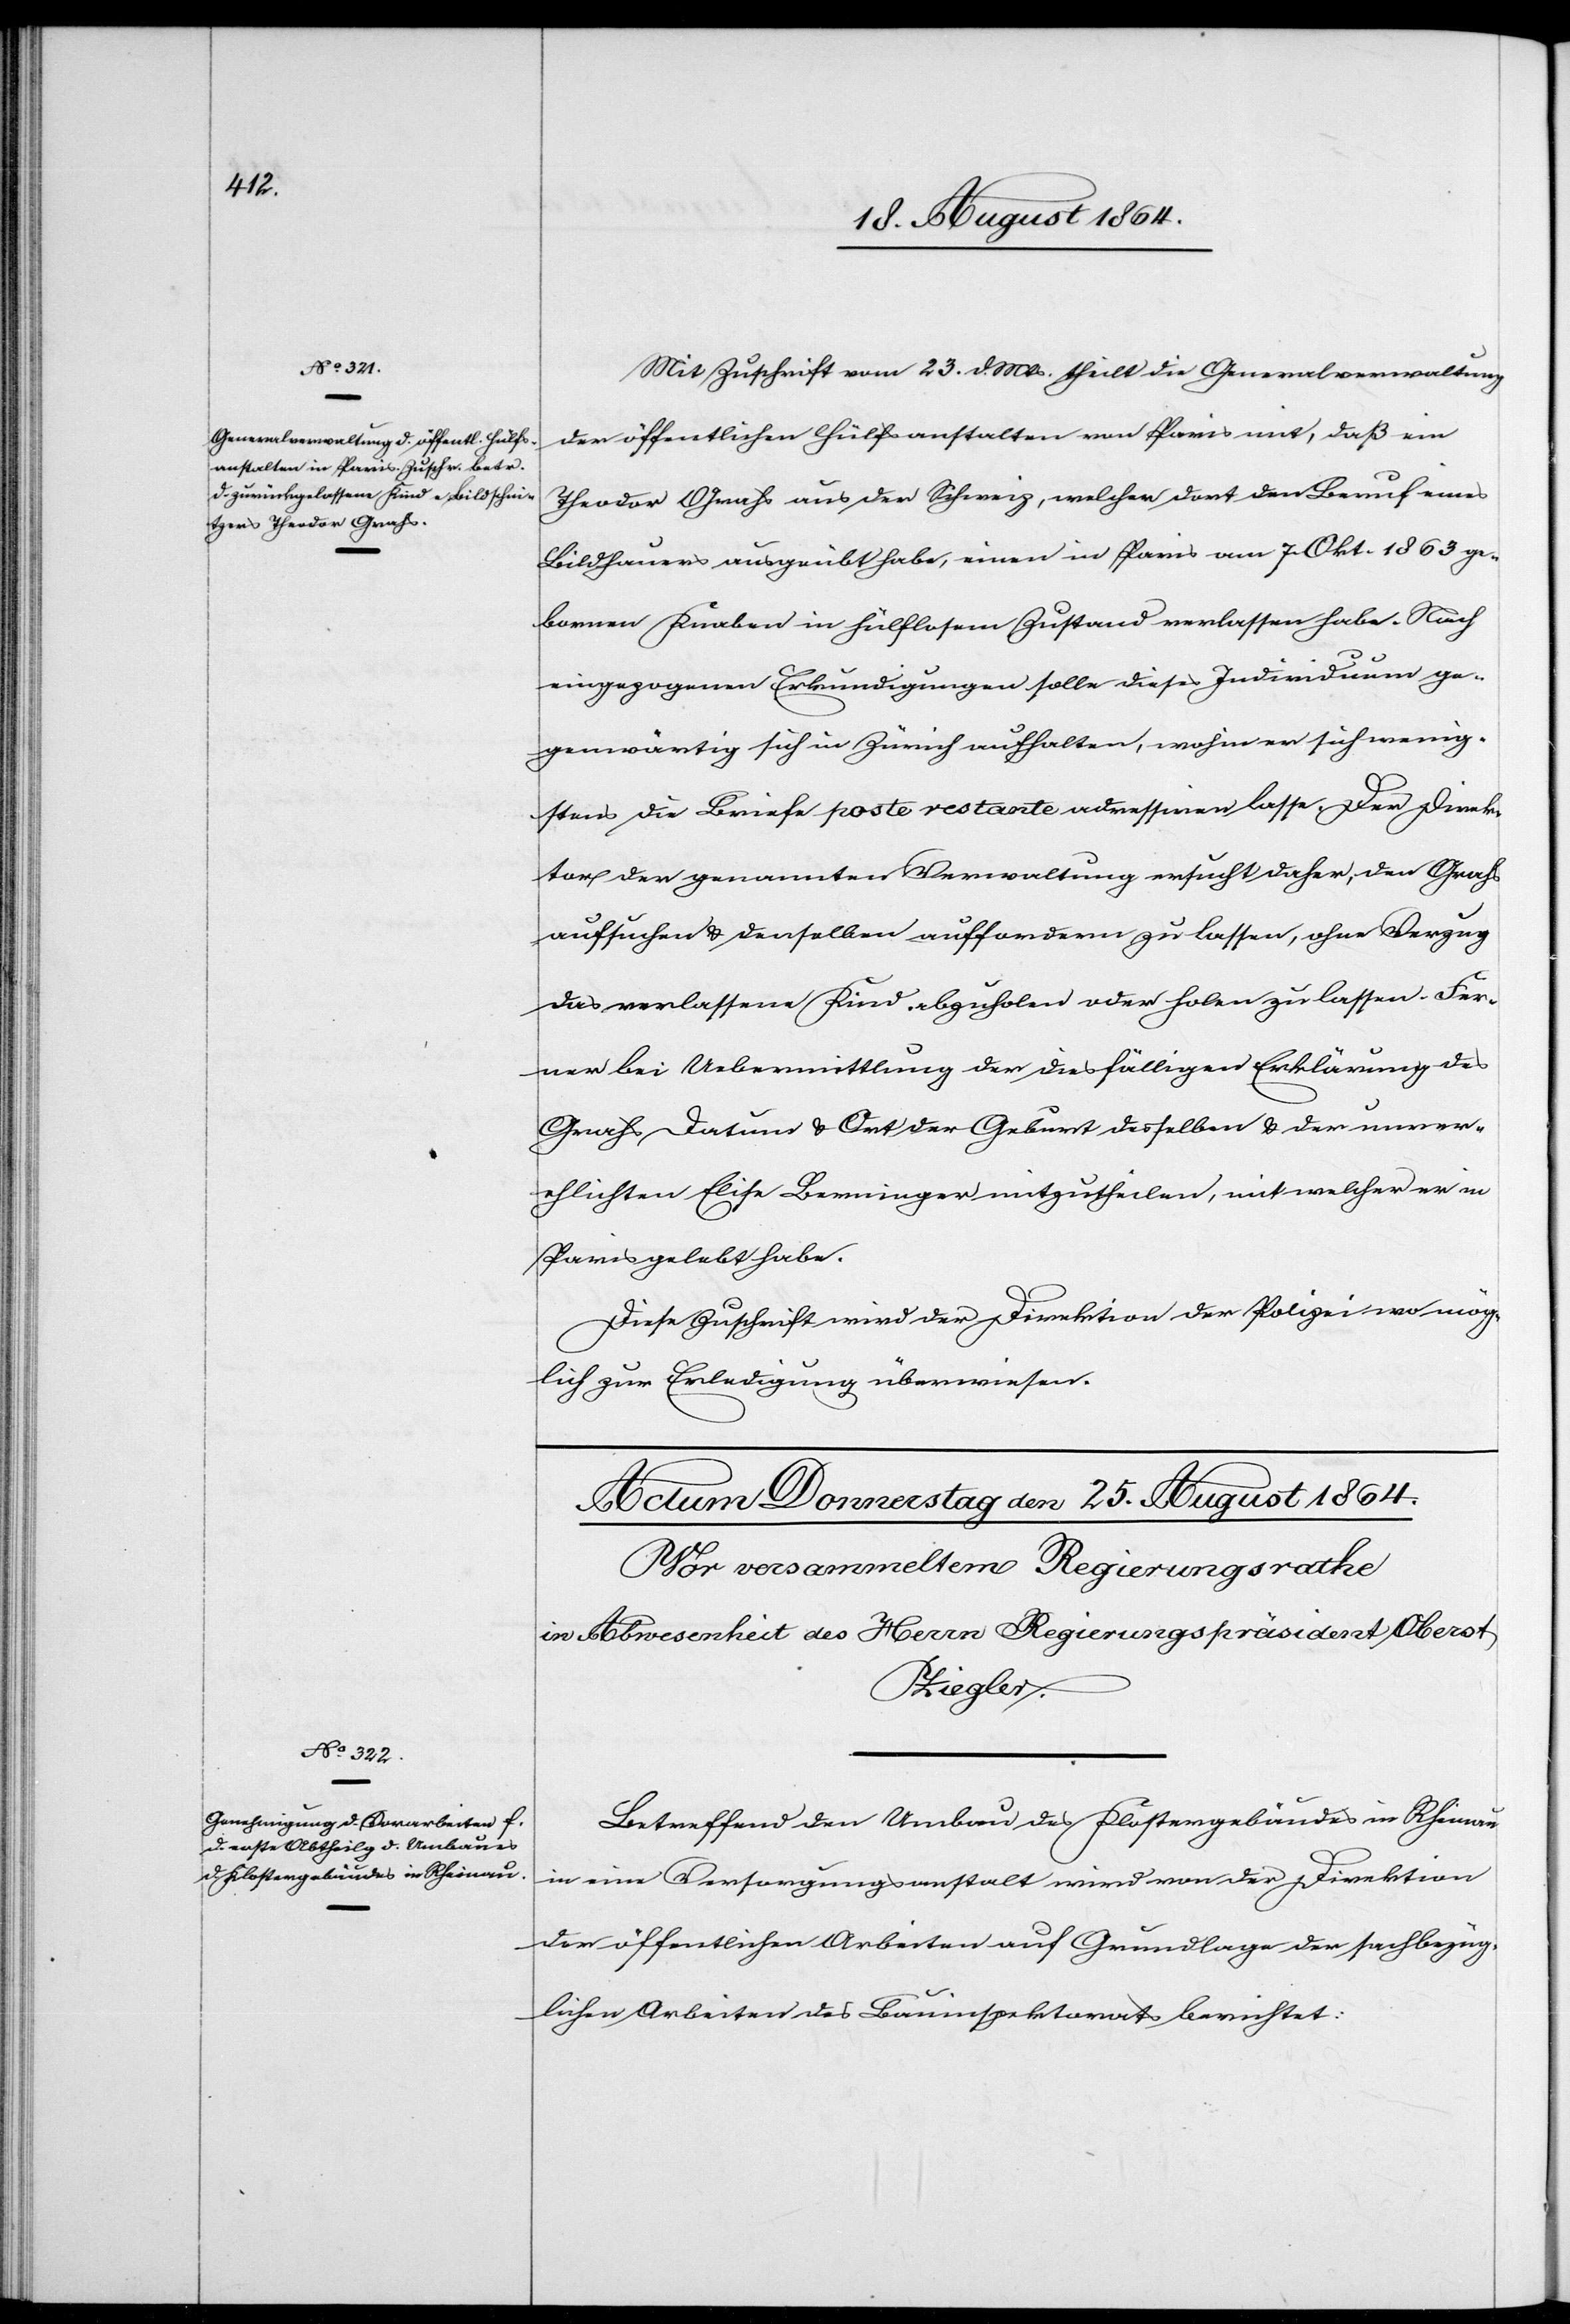
24. August 1864.]
Mit Zuschrift vom 23. d. Mts. theilt die Generalverwaltung
der öffentlichen Hülfsanstalten von Paris mit, daß ein
Theodor Grahs aus der Schweiz, welcher den Beruf eines
Bildhauers ausgeübt habe, einen in Paris am 7. Okt. 1863 ge¬
borenen Knaben in hülflosem Zustand verlassen habe. Nach
eingezogenen Erkundigungen solle dieses Individuum ge¬
genwärtig sich in Zürich aufhalten, wohin er sich wenig¬
stens die Briefe poste restante adressiren lasse. Der Direk¬
tor der genannten Verwaltung ersucht daher, den Grahs
aufsuchen & denselben auffordern zu lassen, ohne Verzug
das verlassene Kind abzuholen oder holen zu lassen. Fer¬
ner bei Uebermittlung der diesfälligen Erklärung des
Grahs Datum & Ort der Geburt desselben & der unver¬
ehelichten Elise Berninger mitzutheilen, mit welcher er in
Paris gelebt habe.
Diese Zuschrift wird der Direktion der Polizei wo mög¬
lich zur Erledigung überwiesen.
Betreffend den Umbau des Klostergebäudes in Rheinau
in eine Versorgungsanstalt wird von der Direktion
der öffentlichen Arbeiten auf Grundlage der sachbezüg¬
lichen Arbeiten des Bauinspektorats berichtet: